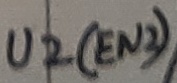
Text: U2(EN2)